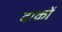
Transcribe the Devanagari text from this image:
दाकों